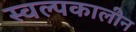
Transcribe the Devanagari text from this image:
स्वल्पकालीन